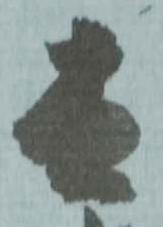
去